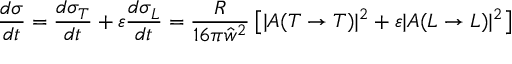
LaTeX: { \frac { d \sigma } { d t } } = { \frac { d \sigma _ { T } } { d t } } + \varepsilon { \frac { d \sigma _ { L } } { d t } } = { \frac { R } { 1 6 \pi \hat { w } ^ { 2 } } } \left[ | A ( T \rightarrow T ) | ^ { 2 } + \varepsilon | A ( L \rightarrow L ) | ^ { 2 } \right]